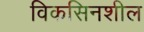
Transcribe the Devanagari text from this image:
विकसिनशील